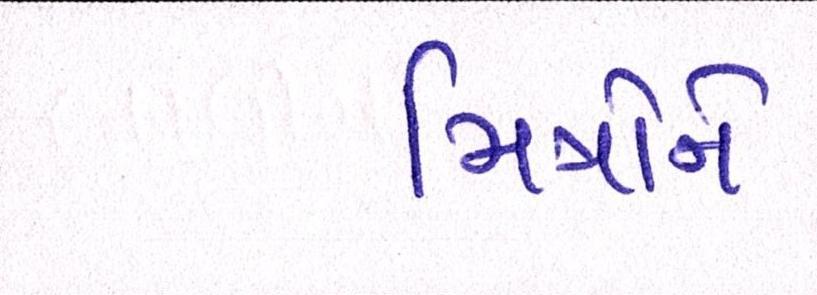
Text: મિત્રોને